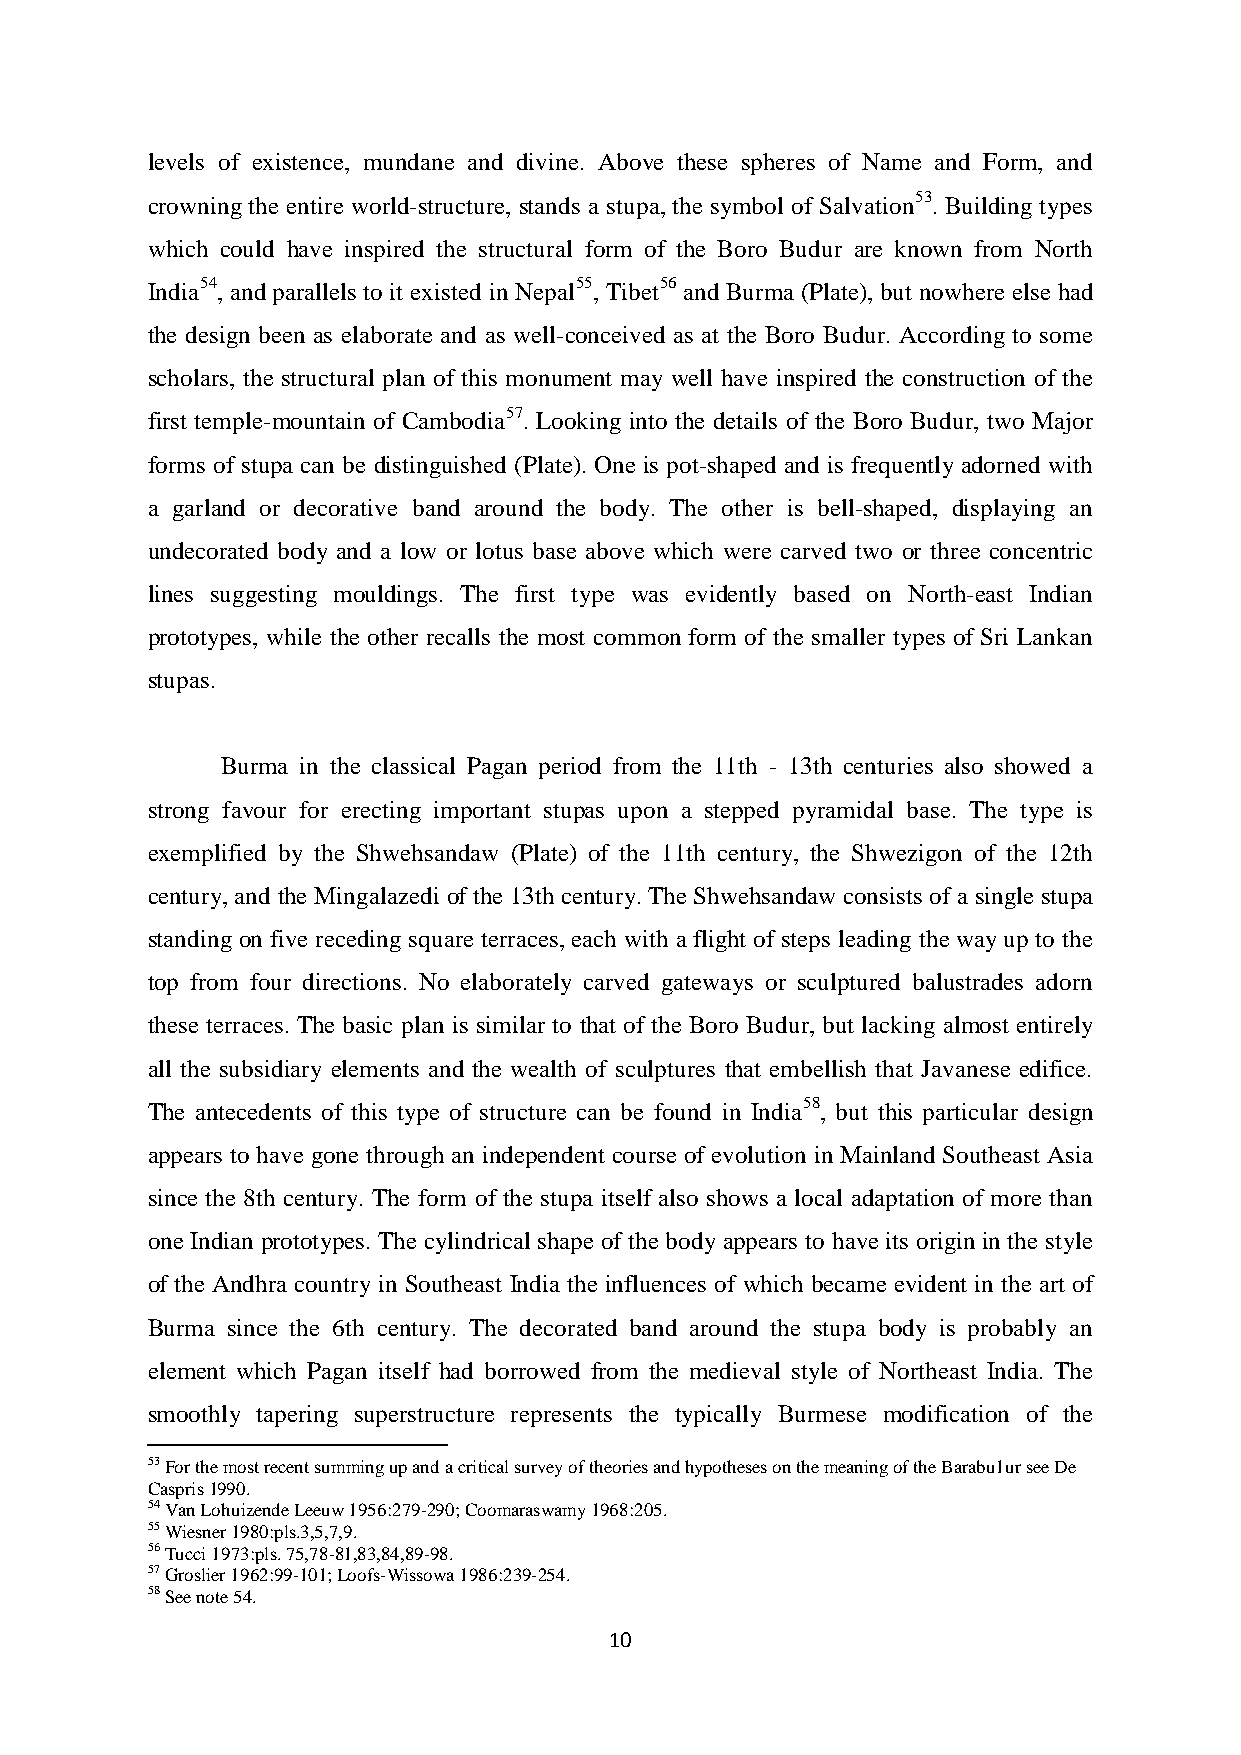
levels of existence, mundane and divine. Above these spheres of Name and Form, and
 crowning the entire world-structure, stands a stupa, the symbol of Salvation53. Building types
 which could have inspired the structural form of the Boro Budur are known from North
 India54, and parallels to it existed in Nepal55, Tibet56 and Burma (Plate), but nowhere else had
 the design been as elaborate and as well-conceived as at the Boro Budur. According to some
 scholars, the structural plan of this monument may well have inspired the construction of the
 first temple-mountain of Cambodia57. Looking into the details of the Boro Budur, two Major
 forms of stupa can be distinguished (Plate). One is pot-shaped and is frequently adorned with
 a garland or decorative band around the body. The other is bell-shaped, displaying an
 undecorated body and a low or lotus base above which were carved two or three concentric
 lines suggesting mouldings. The first type was evidently based on North-east Indian
 prototypes, while the other recalls the most common form of the smaller types of Sri Lankan
 stupas.
 Burma in the classical Pagan period from the 11th - 13th centuries also showed a
 strong favour for erecting important stupas upon a stepped pyramidal base. The type is
 exemplified by the Shwehsandaw (Plate) of the 11th century, the Shwezigon of the 12th
 century, and the Mingalazedi of the 13th century. The Shwehsandaw consists of a single stupa
 standing on five receding square terraces, each with a flight of steps leading the way up to the
 top from four directions. No elaborately carved gateways or sculptured balustrades adorn
 these terraces. The basic plan is similar to that of the Boro Budur, but lacking almost entirely
 all the subsidiary elements and the wealth of sculptures that embellish that Javanese edifice.
 The antecedents of this type of structure can be found in India58, but this particular design
 appears to have gone through an independent course of evolution in Mainland Southeast Asia
 since the 8th century. The form of the stupa itself also shows a local adaptation of more than
 one Indian prototypes. The cylindrical shape of the body appears to have its origin in the style
 of the Andhra country in Southeast India the influences of which became evident in the art of
 Burma since the 6th century. The decorated band around the stupa body is probably an
 element which Pagan itself had borrowed from the medieval style of Northeast India. The
 smoothly tapering superstructure represents the typically Burmese modification of the
 53 For the most recent summing up and a critical survey of theories and hypotheses on the meaning of the Barabu1ur see De
 Caspris 1990.
 54 Van Lohuizende Leeuw 1956:279-290; Coomaraswamy 1968:205.
 55 Wiesner 1980:pls.3,5,7,9.
 56 Tucci 1973:pls. 75,78-81,83,84,89-98.
 57 Groslier 1962:99-101; Loofs-Wissowa 1986:239-254.
 58 See note 54.
 10